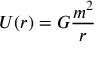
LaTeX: U ( r ) = G { \frac { m ^ { 2 } } { r } }